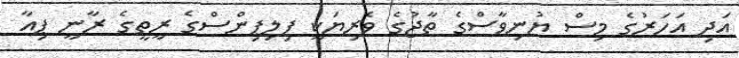
އަދި އަހަރުގެ މިސް ޔުނިވާސްގެ ތާޖުގެ ވެރިޔަކީ ފިލިޕިންސްގެ ރީތީގެ ރާނީ ޕިއާ